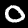
Digit: 0